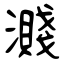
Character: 濺